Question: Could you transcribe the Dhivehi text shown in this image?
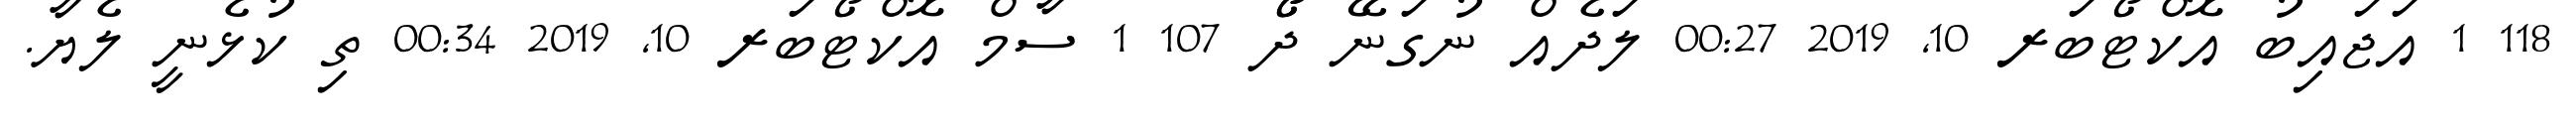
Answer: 118 1 އަޖައިބު އޮކްޓޯބަރ 10, 2019 00:27 ލަދެއް ނުގަނޭ ދޯޯ 107 1 ސާމް އޮކްޓޯބަރ 10, 2019 00:34 ތި ކުޅެނީ ލެޔާ.